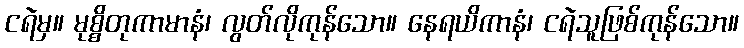
ငရဲမှ။ မုစ္စိတုကာမာနံ၊ လွတ်လိုကုန်သော။ နေရယိကာနံ၊ ငရဲသူဖြစ်ကုန်သော။